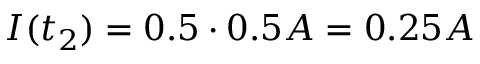
I ( t _ { 2 } ) = 0 . 5 \cdot 0 . 5 A = 0 . 2 5 A